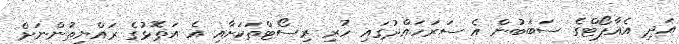
އަދި އެއާޕޯޓްގެ ސަބަބުން އެ ސަރަހައްދުގައި ހުރި ރިސޯޓްތަކަށާއި އެ އަތޮޅުގެ ރައްޔިތުންނަށް